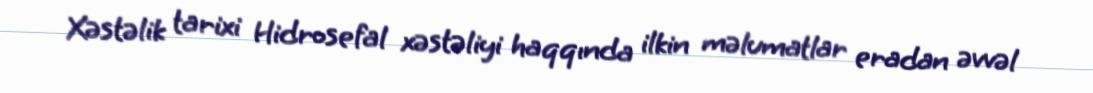
Xəstəlik tarixi Hidrosefal xəstəliyi haqqında ilkin məlumatlar eradan əvvəl